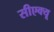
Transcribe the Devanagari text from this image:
सीएक्यू